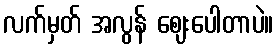
လက်မှတ် အလွန် ဈေးပေါတာပဲ။